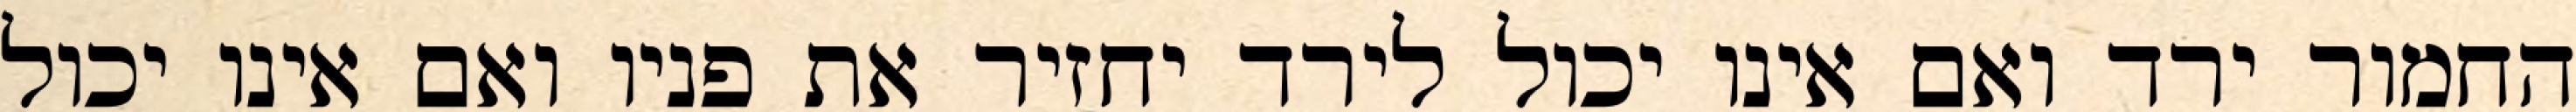
החמור ירד ואם אינו יכול לירד יחזיר את פניו ואם אינו יכול